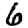
Digit: 6